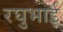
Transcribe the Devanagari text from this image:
रघुभाई